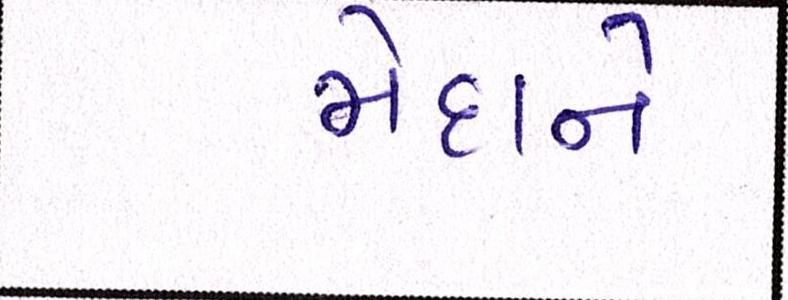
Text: મેદાને